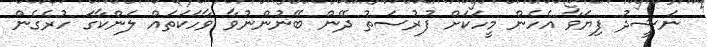
ނަޝީދު ފިޔަވާ އެހެން މީހަކަށް ފުރުސަތު ދޭން ބޭނުންނުވާ ވާހަކަތައް ލަންކާގަ ހުރެގެން